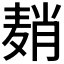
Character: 𬹈